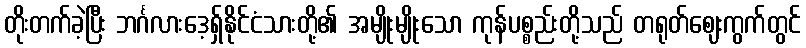
တိုးတက်ခဲ့ပြီး ဘင်္ဂလားဒေ့ရှ်နိုင်ငံသားတို့၏ အမျိုးမျိုးသော ကုန်ပစ္စည်းတို့သည် တရုတ်ဈေးကွက်တွင်